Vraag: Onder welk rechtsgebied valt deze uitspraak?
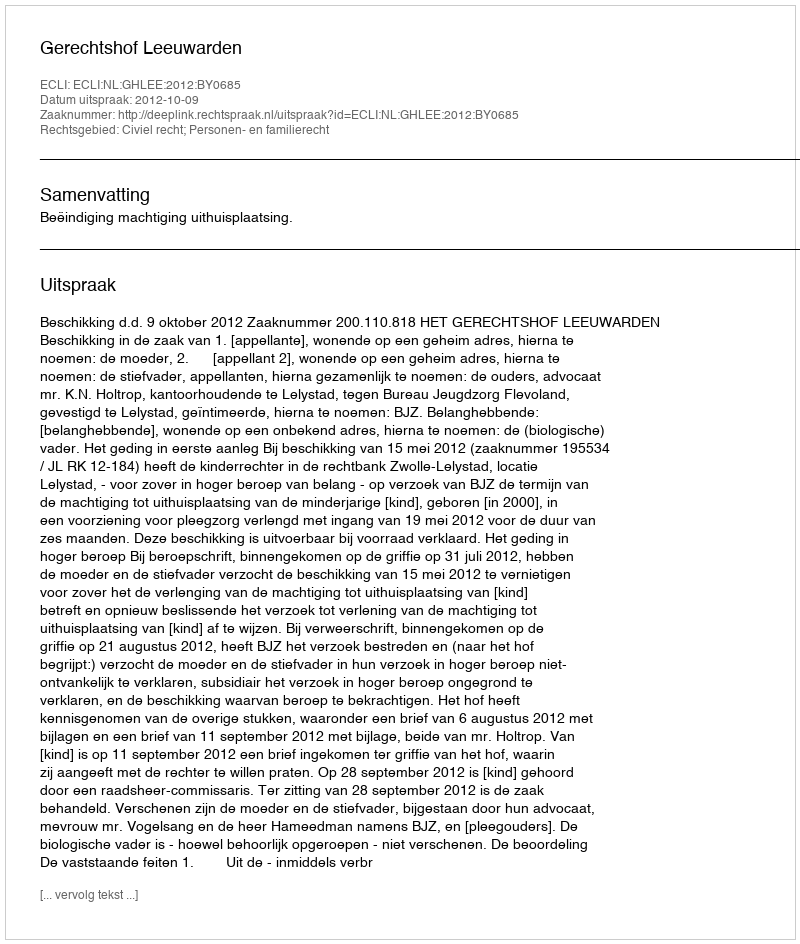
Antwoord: Civiel recht; Personen- en familierecht